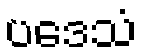
ပဒေသံ